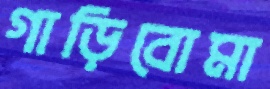
গাড়িবোমা